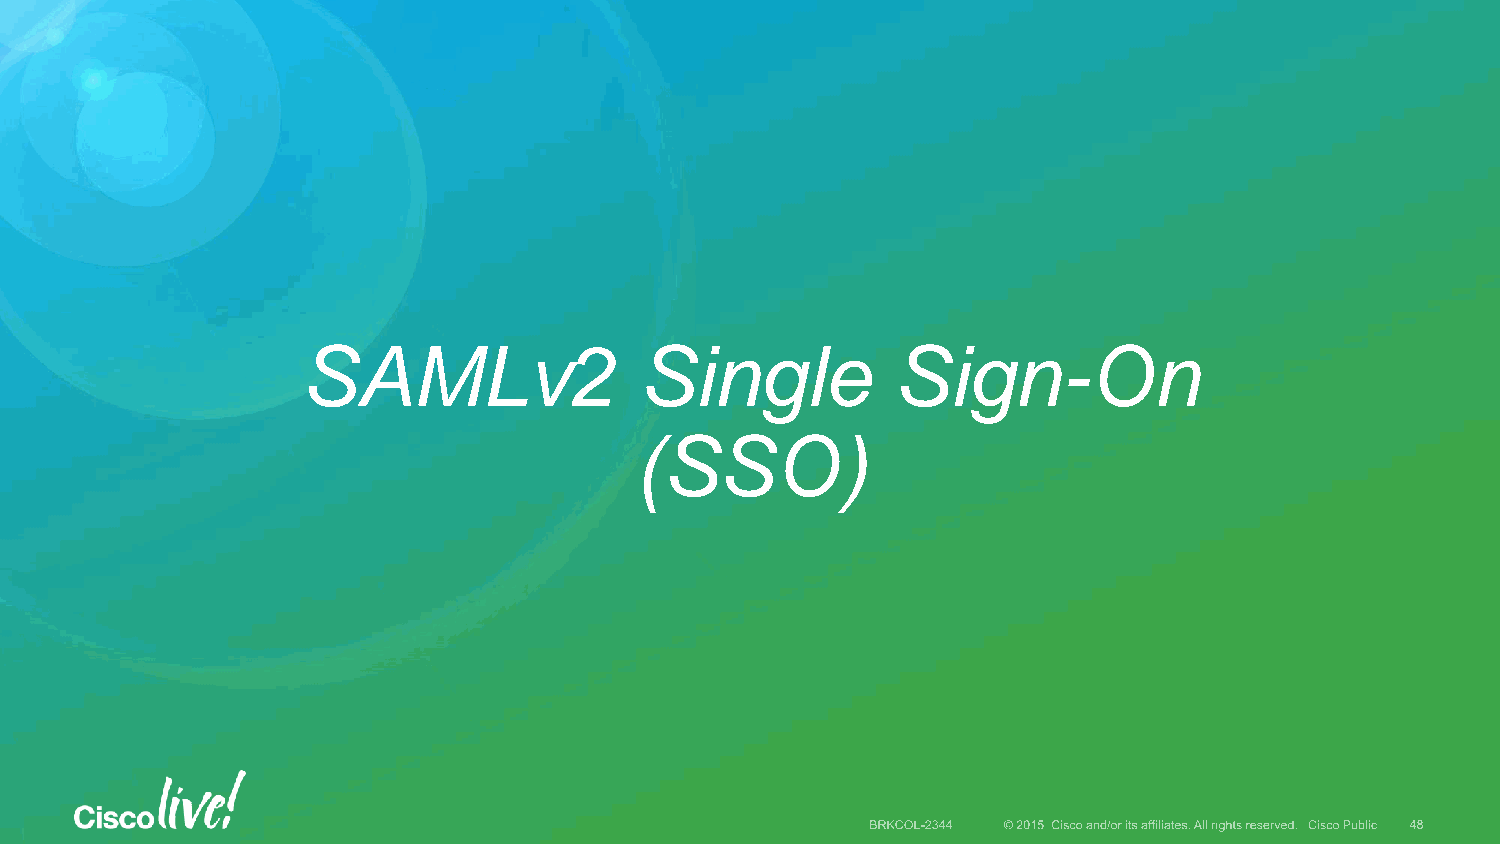
SAMLv2                Single           Sign-On
 (SSO)